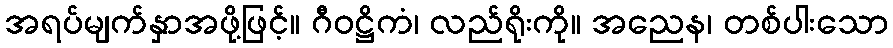
အရပ်မျက်နှာအဖို့ဖြင့်။ ဂီဝဋ္ဌိကံ၊ လည်ရိုးကို။ အညေန၊ တစ်ပါးသော